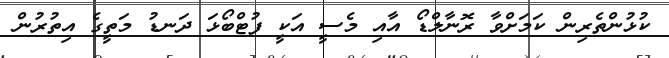
ކުޅުންތެރިން ކަމަށްވާ ރޮނާލްޑޯ އާއި މެސީ އަކީ ފުޓްބޯޅަ ދަނޑު މަތީގެ އިތުރުން